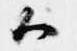
候